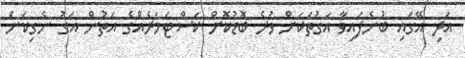
އަދި އޭގައި ބުނެފައިވާ އަގުތަކަށް ވުރެ ބޮޑުކޮށް ކަސްޓަމަރެއްގެ އަތުން އަގު ނެގިކަން